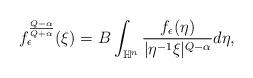
LaTeX: \begin{align*}f_\epsilon^\frac{Q-\alpha}{Q+\alpha}(\xi)=B\int_{\mathbb{H}^n} \frac{f_\epsilon(\eta)}{|\eta^{-1}\xi|^{Q-\alpha}}d\eta,\end{align*}